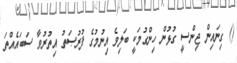
() ގިނައިން ޖިންސީ ގުޅުން ހިންގުމަކީ ބަލިވެ އިނުމުގެ ފުރުޞަތު އިތުރުވާ ސަބައެއްތަ